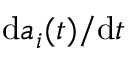
\mathrm { d } a _ { i } ( t ) / \mathrm { d } t